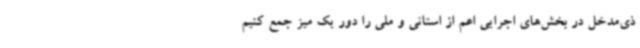
ذی‌مدخل در بخش‌های اجرایی اعم از استانی و ملی را دور یک میز جمع کنیم